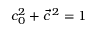
c _ { 0 } ^ { 2 } + \vec { c } \, ^ { 2 } = 1